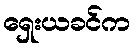
ရှေးယခင်က